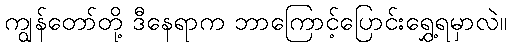
ကျွန်တော်တို့ ဒီနေရာက ဘာကြောင့်ပြောင်းရွှေ့ရမှာလဲ။